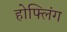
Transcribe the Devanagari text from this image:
होफ्लिंग